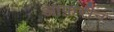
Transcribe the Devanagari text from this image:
आफ़रीन